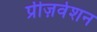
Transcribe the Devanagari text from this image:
प्रीज़र्वेशन